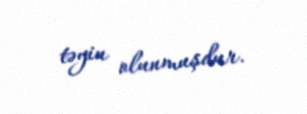
təyin olunmuşdur.